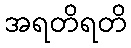
အရတိရတိ